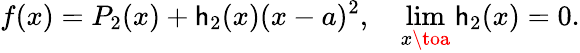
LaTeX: f(x)=P_{2}(x)+\mathsf{h}_{2}(x)(x-a)^{2},\quad\operatorname*{lim}_{x\toa}\mathsf{h}_{2}(x)=0.